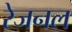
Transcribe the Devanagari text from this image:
रेजनल